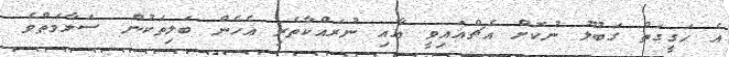
އެ ހަގީގަތް ގަބޫލު ނުކޮށް އެޗްއައިވީ އާއި ނުރައްކާތެރި އެހެން ބަލިތަކުން ސަލާމަތްވެ